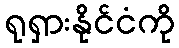
ရုရှားနိုင်ငံကို